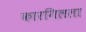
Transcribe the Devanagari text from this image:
कारगिलला